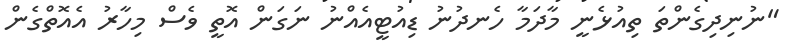
"ނުނިދިގެންތަ ތިއުޅެނީ މާދަމާ ހެނދުނު ޑިއުޓީއެއްނު ނަގަން އޮތީ ވެސް މިހާރު އެއޮތްގެން